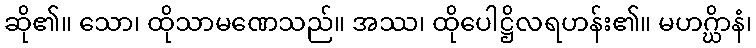
ဆို၏။ သော၊ ထိုသာမဏေသည်။ အဿ၊ ထိုပေါဋ္ဌိလရဟန်း၏။ မဟဂ္ဃိာနံ၊